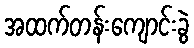
အထက်တန်းကျောင်းခွဲ